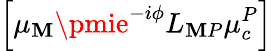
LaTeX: \left[\mu_{\mathbf{M}}\pmie^{-i\phi}L_{\mathbf{M}P}\mu_{c}^{P}\right]